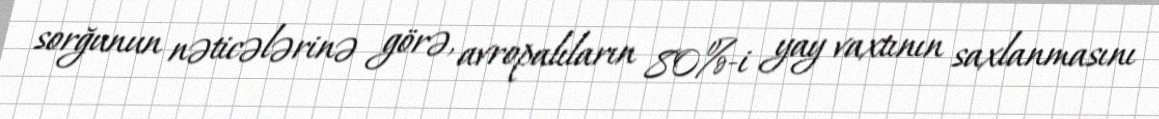
sorğunun nəticələrinə görə, avropalıların 80%-i yay vaxtının saxlanmasını